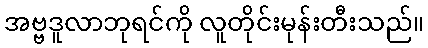
အဗ္ဗဒူလာဘုရင်ကို လူတိုင်းမုန်းတီးသည်။